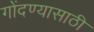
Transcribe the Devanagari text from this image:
गोंदण्यासाठी